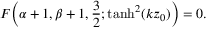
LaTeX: F \Bigl ( \alpha + 1 , \beta + 1 , \frac { 3 } { 2 } ; \operatorname { t a n h } ^ { 2 } ( k z _ { 0 } ) \Bigr ) = 0 .